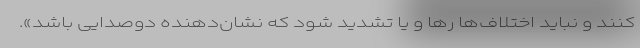
کنند و نباید اختلاف‌ها رها و یا تشدید شود که نشان‌دهنده دوصدایی باشد».